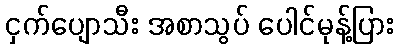
ငှက်ပျောသီး အစာသွပ် ပေါင်မုန့်ပြား